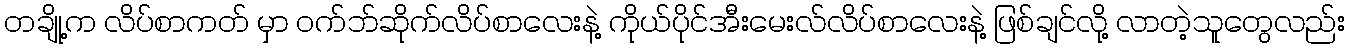
တချို့က လိပ်စာကတ် မှာ ၀က်ဘ်ဆိုက်လိပ်စာလေးနဲ့ ကိုယ်ပိုင်အီးမေးလ်လိပ်စာလေးနဲ့ ဖြစ်ချင်လို့ လာတဲ့သူတွေလည်း